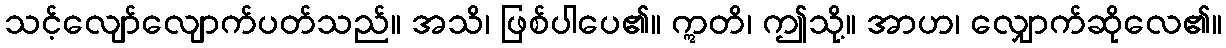
သင့်လျော်လျောက်ပတ်သည်။ အသိ၊ ဖြစ်ပါပေ၏။ ဣတိ၊ ဤသို့။ အာဟ၊ လျှောက်ဆိုလေ၏။